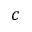
c